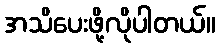
အသိပေးဖို့လိုပါတယ်။